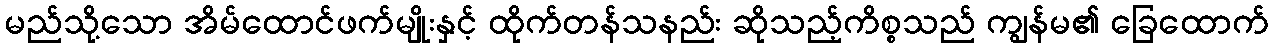
မည်သို့သော အိမ်ထောင်ဖက်မျိုးနှင့် ထိုက်တန်သနည်း ဆိုသည့်ကိစ္စသည် ကျွန်မ၏ ခြေထောက်